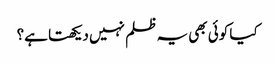
کیا کوئی بھی یہ ظلم نہیں دیکھتا ہے؟